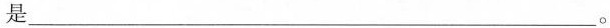
是___。